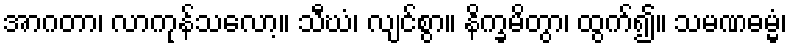
အာဂတာ၊ လာကုန်သလော့။ သီဃံ၊ လျင်စွာ။ နိက္ခမိတွာ၊ ထွက်၍။ သမဏဓမ္မံ၊